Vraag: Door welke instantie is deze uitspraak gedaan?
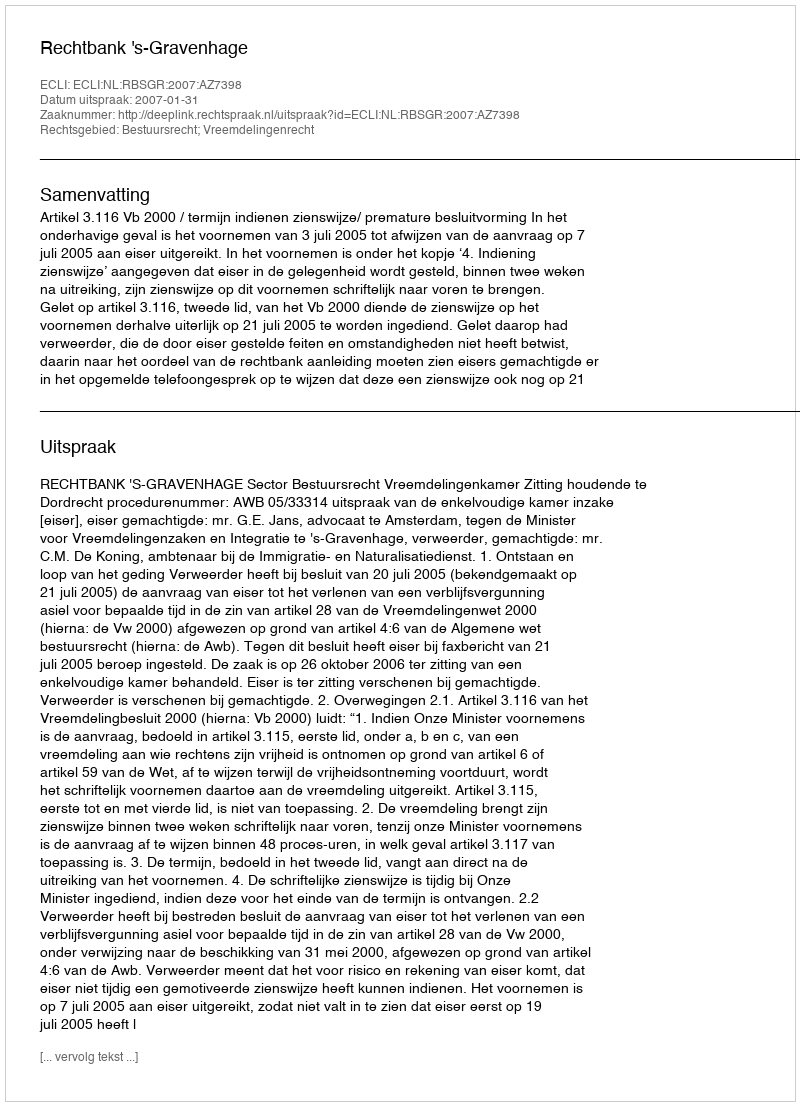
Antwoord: Rechtbank 's-Gravenhage